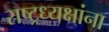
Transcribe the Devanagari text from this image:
राष्ट्रध्यक्षांना